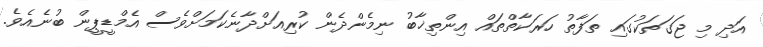
އަދި މި ޖަގަތަކުގައި ތަފާތު ހަރަކާތްތައް އިންތިޚާބު ނިމެންދެން ކުރިއަށްދާނެކަމަށްވެސް އެމްޑީޕީން ބުނެއެވެ.